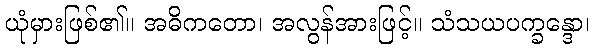
ယုံမှားဖြစ်၏။ အဓိကတော၊ အလွန်အားဖြင့်။ သံသယပက္ခန္ဒော၊